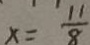
x = \frac { 1 1 } { 8 }